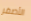
الأصفر